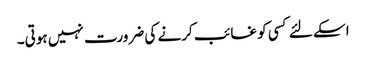
اسکے لئے کسی کو غائب کرنے کی ضرورت نہیں ہوتی۔